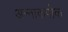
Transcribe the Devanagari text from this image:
अन्नाकपोक